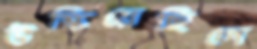
উস্‌কিয়েছিলে